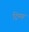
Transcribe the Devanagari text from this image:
ट्रिम्फ